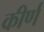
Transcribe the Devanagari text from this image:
कीर्ण